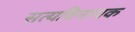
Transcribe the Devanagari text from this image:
सत्यविनायक